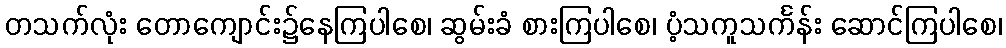
တသက်လုံး တောကျောင်း၌နေကြပါစေ၊ ဆွမ်းခံ စားကြပါစေ၊ ပံ့သကူသင်္ကန်း ဆောင်ကြပါစေ၊